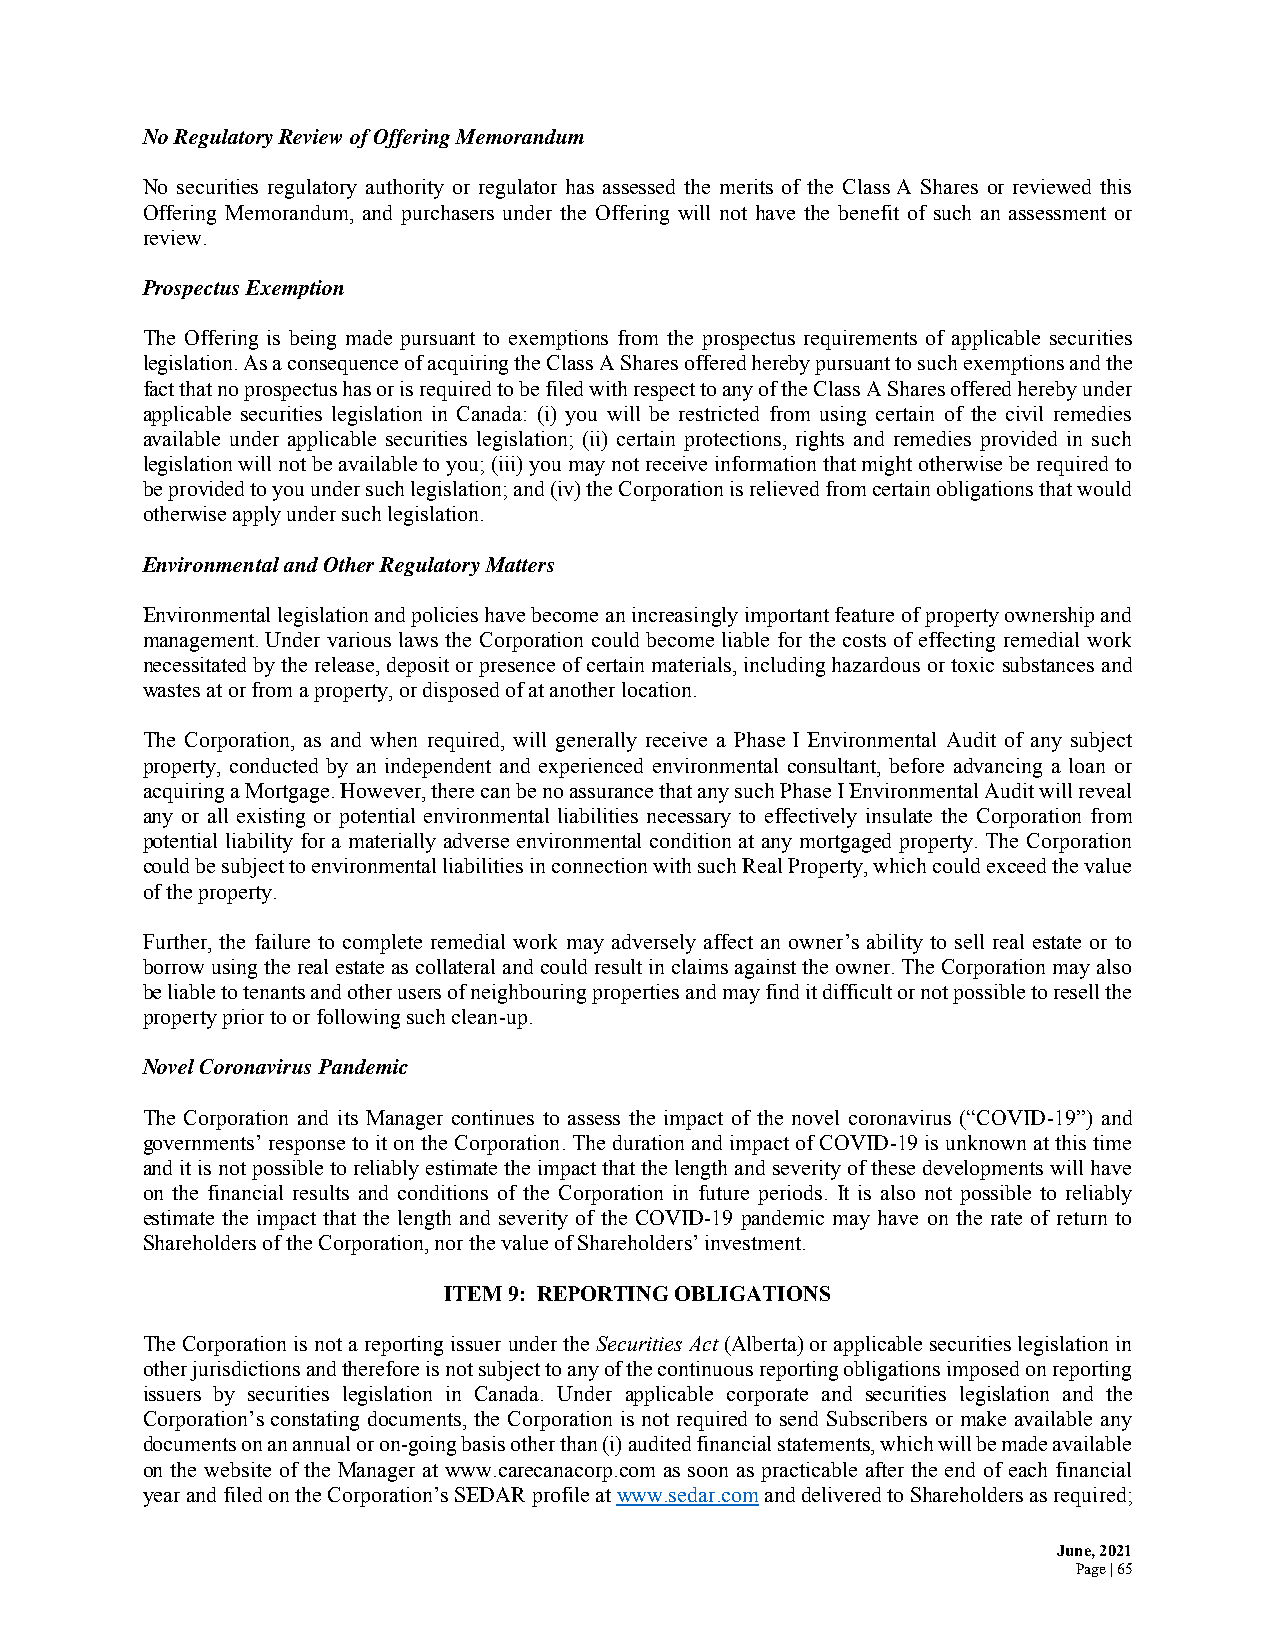
No Regulatory Review of Offering Memorandum
 No securities regulatory authority or regulator has assessed the merits of the Class A Shares or reviewed this
 Offering Memorandum, and purchasers under the Offering will not have the benefit of such an assessment or
 review.
 Prospectus Exemption
 The Offering is being made pursuant to exemptions from the prospectus requirements of applicable securities
 legislation. As a consequence of acquiring the Class A Shares offered hereby pursuant to such exemptions and the
 fact that no prospectus has or is required to be filed with respect to any of the Class A Shares offered hereby under
 applicable securities legislation in Canada: (i) you will be restricted from using certain of the civil remedies
 available under applicable securities legislation; (ii) certain protections, rights and remedies provided in such
 legislation will not be available to you; (iii) you may not receive information that might otherwise be required to
 be provided to you under such legislation; and (iv) the Corporation is relieved from certain obligations that would
 otherwise apply under such legislation.
 Environmental and Other Regulatory Matters
 Environmental legislation and policies have become an increasingly important feature of property ownership and
 management. Under various laws the Corporation could become liable for the costs of effecting remedial work
 necessitated by the release, deposit or presence of certain materials, including hazardous or toxic substances and
 wastes at or from a property, or disposed of at another location.
 The Corporation, as and when required, will generally receive a Phase I Environmental Audit of any subject
 property, conducted by an independent and experienced environmental consultant, before advancing a loan or
 acquiring a Mortgage. However, there can be no assurance that any such Phase I Environmental Audit will reveal
 any or all existing or potential environmental liabilities necessary to effectively insulate the Corporation from
 potential liability for a materially adverse environmental condition at any mortgaged property. The Corporation
 could be subject to environmental liabilities in connection with such Real Property, which could exceed the value
 of the property.
 Further, the failure to complete remedial work may adversely affect an owner’s ability to sell real estate or to
 borrow using the real estate as collateral and could result in claims against the owner. The Corporation may also
 be liable to tenants and other users of neighbouring properties and may find it difficult or not possible to resell the
 property prior to or following such clean-up.
 Novel Coronavirus Pandemic
 The Corporation and its Manager continues to assess the impact of the novel coronavirus (“COVID-19”) and
 governments’ response to it on the Corporation. The duration and impact of COVID-19 is unknown at this time
 and it is not possible to reliably estimate the impact that the length and severity of these developments will have
 on the financial results and conditions of the Corporation in future periods. It is also not possible to reliably
 estimate the impact that the length and severity of the COVID-19 pandemic may have on the rate of return to
 Shareholders of the Corporation, nor the value of Shareholders’ investment.
 ITEM 9: REPORTING OBLIGATIONS
 The Corporation is not a reporting issuer under the Securities Act (Alberta) or applicable securities legislation in
 other jurisdictions and therefore is not subject to any of the continuous reporting obligations imposed on reporting
 issuers by securities legislation in Canada. Under applicable corporate and securities legislation and the
 Corporation’s constating documents, the Corporation is not required to send Subscribers or make available any
 documents on an annual or on-going basis other than (i) audited financial statements, which will be made available
 on the website of the Manager at www.carecanacorp.com as soon as practicable after the end of each financial
 year and filed on the Corporation’s SEDAR profile at www.sedar.com and delivered to Shareholders as required;
 June, 2021
 Page | 65